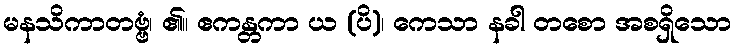
မနသိကာတဗ္ဗံ၊ ၏။ ဧကန္တကာ ယ (ပိ)၊ ကေသာ နခါ တစော အစရှိသော